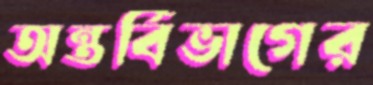
অন্তর্বিভাগের